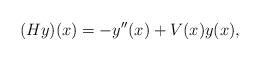
\begin{align*}(Hy)(x) = -y''(x) + V(x) y(x) ,\end{align*}